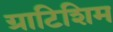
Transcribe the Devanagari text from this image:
ग्राटिशिम